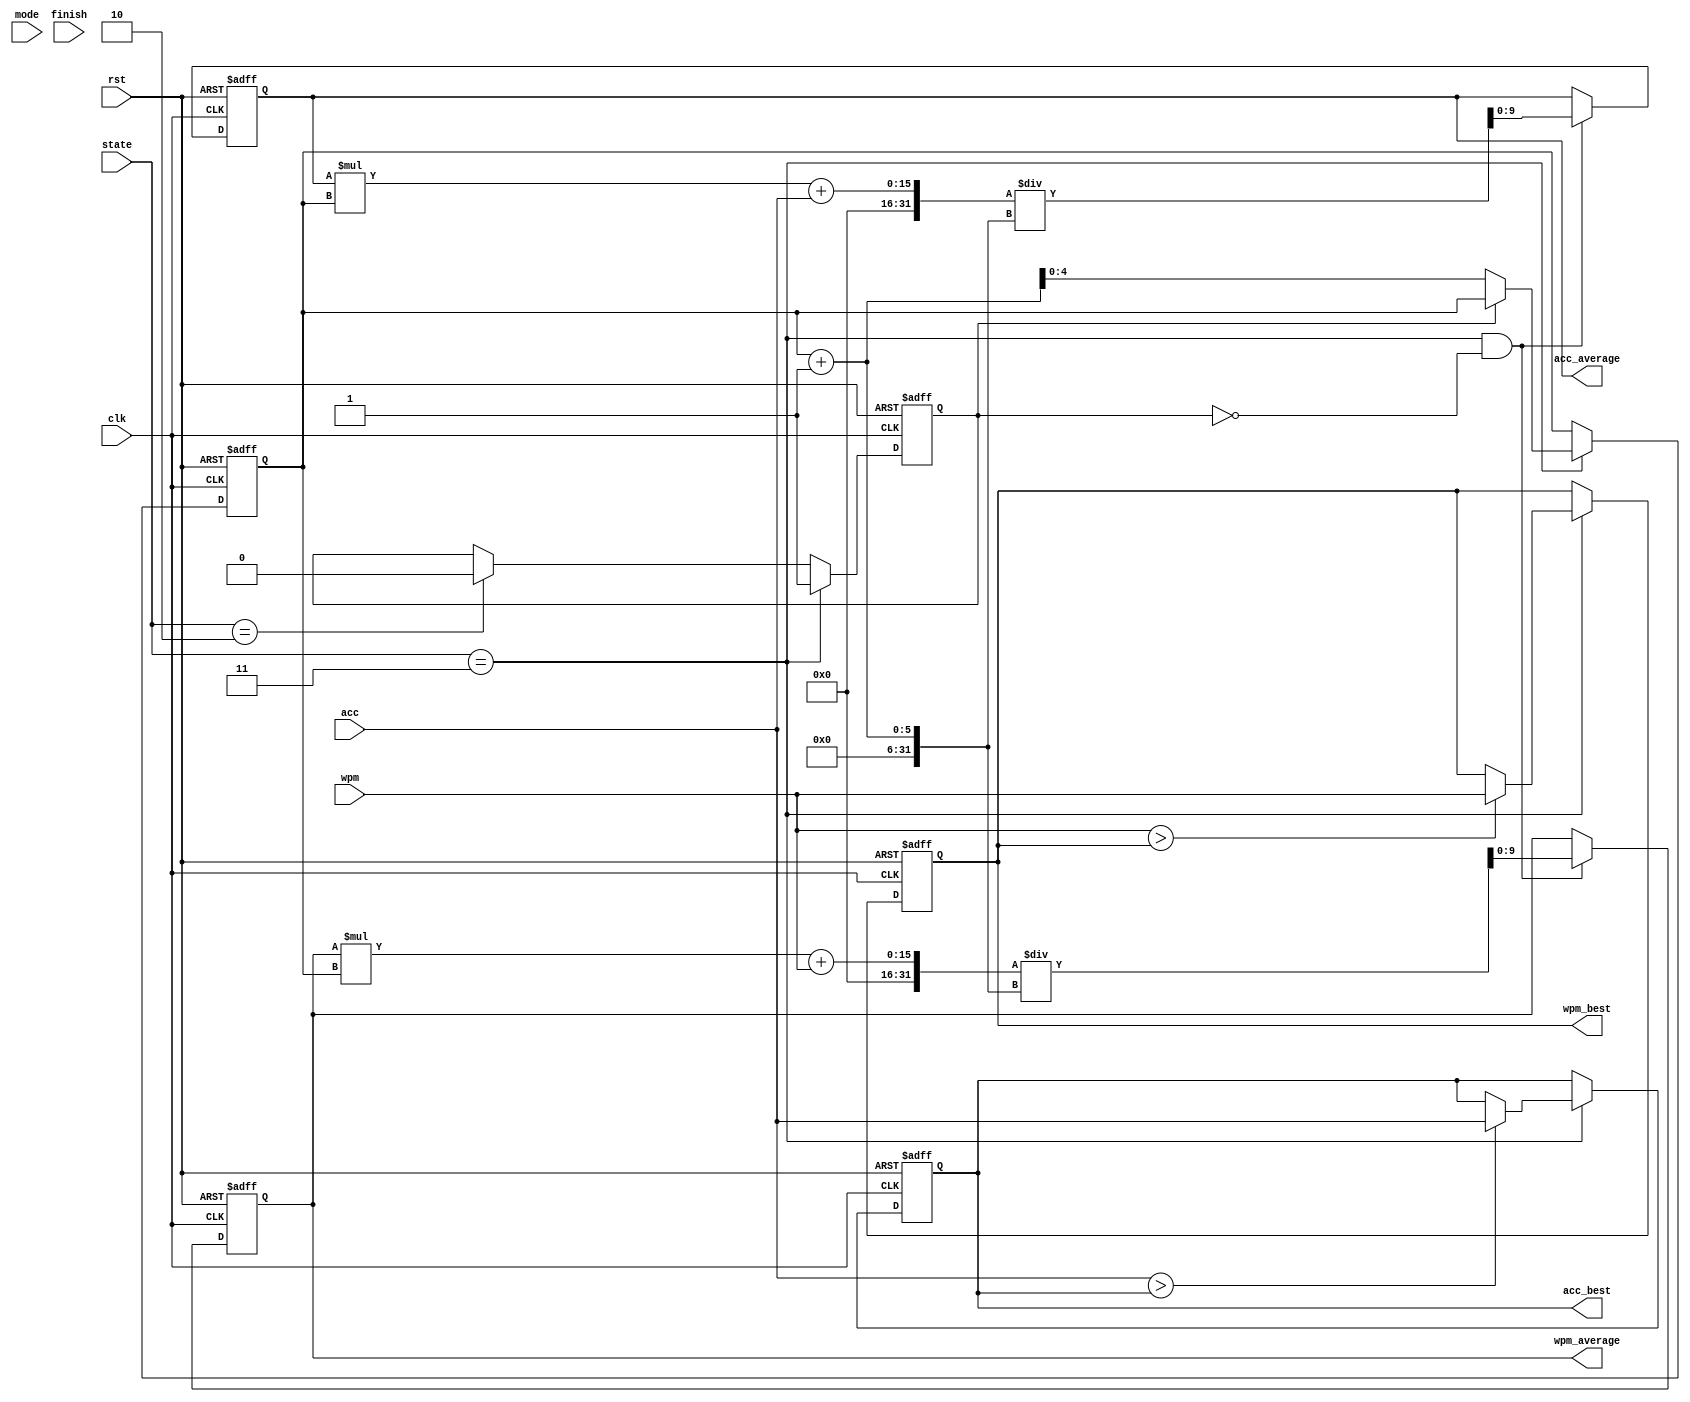
module record(
  input clk,
  input rst,
  input mode,
  input [2:0] state,
  input [9:0] wpm,
  input [9:0] acc,
  input finish,
  output reg [9:0] wpm_best,
  output reg [9:0] wpm_average,
  output reg [9:0] acc_best,
  output reg [9:0] acc_average
);

  reg [9:0] next_wpm_best, next_wpm_average, next_acc_best, next_acc_average;
  reg [4:0] num, next_num;
  reg lock, next_lock;

  always @(posedge clk , posedge rst)begin
    if(rst)
      lock <= 0;
    else 
      lock <= next_lock;
  end

  always @(*) begin
    if(state == 3)begin
      next_lock = 1;
    end else if(state == 2)begin
      next_lock = 0;
    end else begin
      next_lock = lock;
    end
  end

  always @(posedge clk , posedge rst)begin
    if(rst)
      num <= 0;
    else 
      num <= next_num;
  end

  always @(*) begin
    if(state == 3)begin
      if(!lock)
        next_num = num + 1;
      else 
        next_num = num;
    end else begin
      next_num = num;
    end
  end

  always @(posedge clk , posedge rst) begin
    if(rst)
      wpm_best <= 0;
    else
      wpm_best <= next_wpm_best;
  end

  always @(*) begin
    if(state == 3)begin
      if(wpm > wpm_best)begin
        next_wpm_best = wpm;
      end else begin
        next_wpm_best = wpm_best;
      end
    end else begin
        next_wpm_best = wpm_best;
    end
  end

  always @(posedge clk , posedge rst) begin
    if(rst)
      wpm_average <= 0;
    else
      wpm_average <= next_wpm_average;
  end

  always @(*) begin
    if(state == 3 && !lock)begin
      next_wpm_average = (wpm_average * num  + wpm) / (num + 1);
    end else begin
      next_wpm_average = wpm_average;
    end
  end
  
  always @(posedge clk , posedge rst) begin
    if(rst)
      acc_best <= 0;
    else
      acc_best <= next_acc_best;
  end

  always @(*) begin
    if(state == 3)begin
      if(acc > acc_best)begin
        next_acc_best = acc;
      end else begin
        next_acc_best = acc_best;
      end
    end else begin
        next_acc_best = acc_best;
    end
  end

  always @(posedge clk , posedge rst) begin
    if(rst)
      acc_average <= 0;
    else
      acc_average <= next_acc_average;
  end

  always @(*) begin
    if(state == 3 && !lock)begin
      next_acc_average = (acc_average * num + acc) / (num + 1);
    end else begin
      next_acc_average = acc_average;
    end
  end
  
endmodule